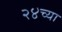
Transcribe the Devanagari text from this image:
२४च्या